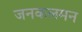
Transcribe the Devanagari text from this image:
जनकलमन